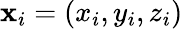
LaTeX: {\mathbf x}_{i}=(x_{i},y_{i},z_{i})